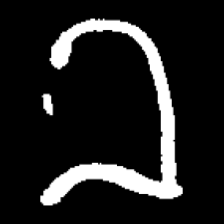
Pyu character \u2014 Myanmar letter: ခ (romanized: kha)